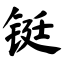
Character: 铤